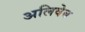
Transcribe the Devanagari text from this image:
अलिवेब